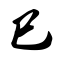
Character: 巳